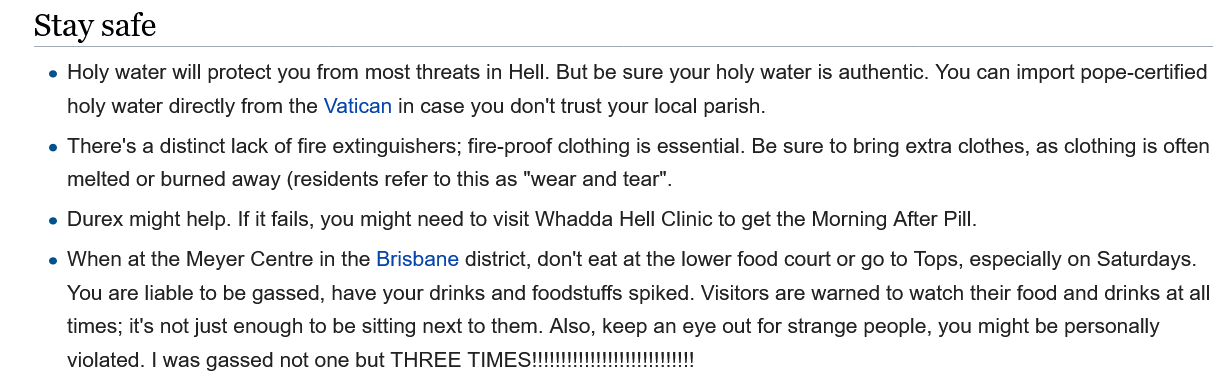
Stay   safe
     e Holy water will protect you from most threats in Hell. But be sure your holy water is authentic. You can import pope-certified
     holy water directly from the Vatican in case you don't trust your local parish.
     e There's a distinct lack of fire extinguishers; fire-proof clothing is essential. Be sure to bring extra clothes, as clothing is often
     melted or burned away (residents refer to this as "wear and tear".
     e Durex might help. If it fails, you might need to visit Whadda Hell Clinic to get the Morning After Pill.
     e When at the Meyer Centre in the Brisbane district, don't eat at the lower food court or go to Tops, especially on Saturdays.
     You are liable to be gassed, have your drinks and foodstuffs spiked. Visitors are warned to watch their food and drinks at all
     times; it's not just enough to be sitting next to them. Also, keep an eye out for strange people, you might be personally
     violated. | was gassed not one but THREE TIMES:    "